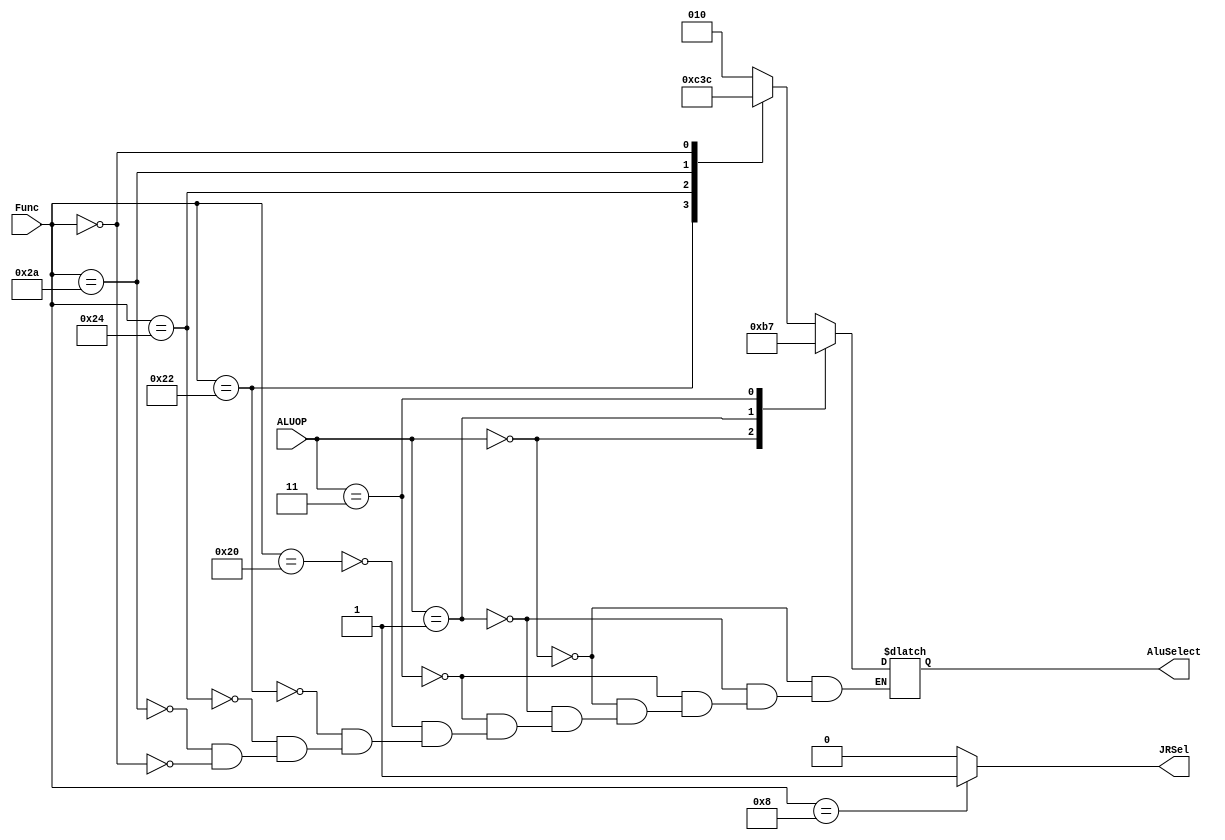
module ALUControl(Func, 
                  ALUOP, 
                  AluSelect,
                  JRSel);
  
  input [5:0]      Func;
  input [1:0]      ALUOP;
  output reg [2:0] AluSelect;
  output reg       JRSel;
  
  assign JRSel = (Func == 6'b001000) ? 1 : 0;
  always @(*) begin
    case(ALUOP) 
      2'b00: AluSelect = 3'b010; //add
 	    2'b01: AluSelect = 3'b110; //sub
      2'b11: AluSelect = 3'b111; //slt
      default: case(Func) //R
        6'b100000: AluSelect = 3'b010; // ADD
		    6'b100010: AluSelect = 3'b110; // SUB
		    6'b100100: AluSelect = 3'b000; // AND
		    6'b101010: AluSelect = 3'b111; // SLT
        6'b000000: AluSelect = 3'b100; // SLL
      	endcase
    endcase
  end
endmodule